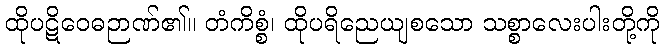
ထိုပဋိဝေဓဉာဏ်၏။ တံကိစ္စံ၊ ထိုပရိညေယျစသော သစ္စာလေးပါးတို့ကို